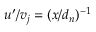
u ^ { \prime } / v _ { j } = ( x / d _ { n } ) ^ { - 1 }